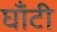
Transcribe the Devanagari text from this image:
घाँटी